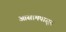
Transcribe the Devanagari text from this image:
आसामपासून